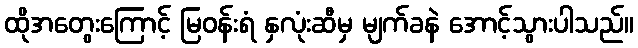
ထိုအတွေးကြောင့် မြဝန်းရံ နှလုံးဆီမှ မျက်ခနဲ အောင့်သွားပါသည်။